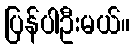
ပြန်ပါဦးမယ်။